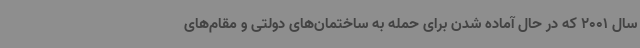
سال 2001 که در حال آماده شدن برای حمله به ساختمان‌های دولتی و مقام‌های